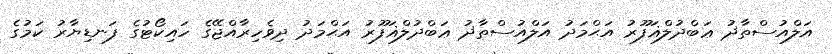
އަލްއުސްތާޛު ޢަބްދުލްޣަފޫރު އަޙްމަދު އަލްއުސްތާޛު ޢަބްދުލްޣަފޫރު އަޙްމަދު ދިވެހިރާއްޖޭގެ ހައިކޯޓުގެ ފަނޑިޔާރު ކަމުގެ